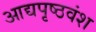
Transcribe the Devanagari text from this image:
आद्यपृष्ठवंश